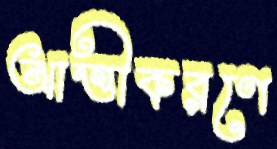
আত্তীকরণে